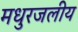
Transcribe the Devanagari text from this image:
मधुरजलीय